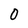
Character: 0